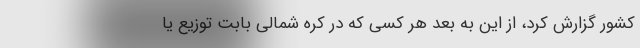
کشور گزارش کرد، از این به بعد هر کسی که در کره شمالی بابت توزیع یا